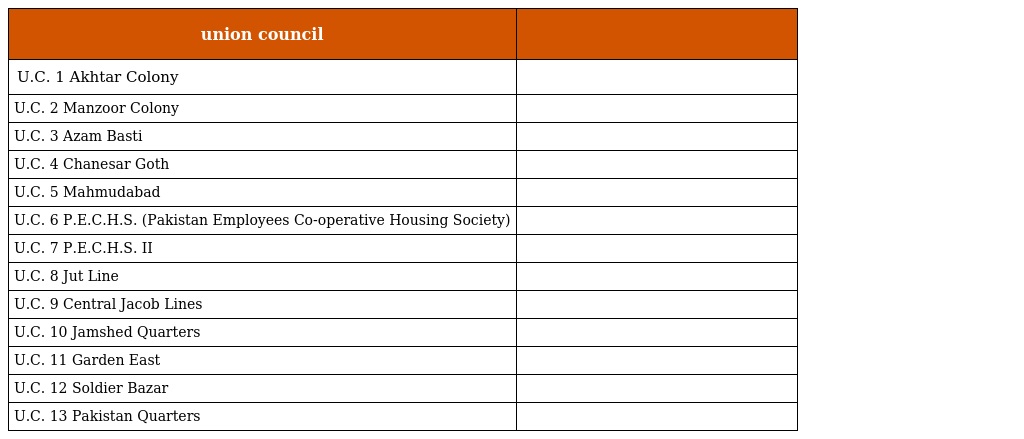
| union council |  |
 | --- | --- |
 | U.C. 1 Akhtar Colony |  |
 | U.C. 2 Manzoor Colony |  |
 | U.C. 3 Azam Basti |  |
 | U.C. 4 Chanesar Goth |  |
 | U.C. 5 Mahmudabad |  |
 | U.C. 6 P.E.C.H.S. (Pakistan Employees Co-operative Housing Society) |  |
 | U.C. 7 P.E.C.H.S. II |  |
 | U.C. 8 Jut Line |  |
 | U.C. 9 Central Jacob Lines |  |
 | U.C. 10 Jamshed Quarters |  |
 | U.C. 11 Garden East |  |
 | U.C. 12 Soldier Bazar |  |
 | U.C. 13 Pakistan Quarters |  |